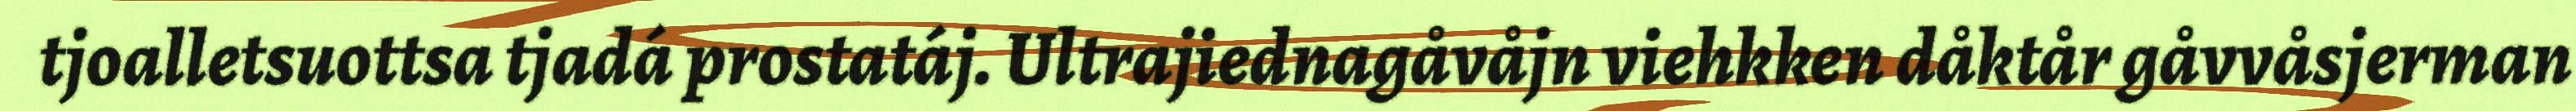
tjoalletsuottsa tjadá prostatáj. Ultrajiednagåvåjn viehkken dåktår gåvvåsjerman